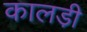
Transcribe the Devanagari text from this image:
कालडी़